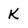
Character: K